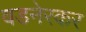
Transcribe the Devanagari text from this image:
वडनेरकर